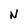
Character: N